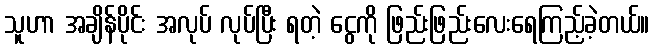
သူဟာ အချိန်ပိုင်း အလုပ် လုပ်ပြီး ရတဲ့ ငွေကို ဖြည်းဖြည်းလေးရေကြည့်ခဲ့တယ်။